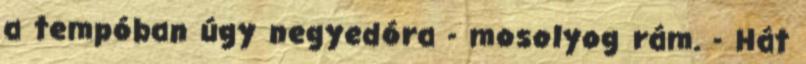
a tempóban úgy negyedóra - mosolyog rám. - Hát